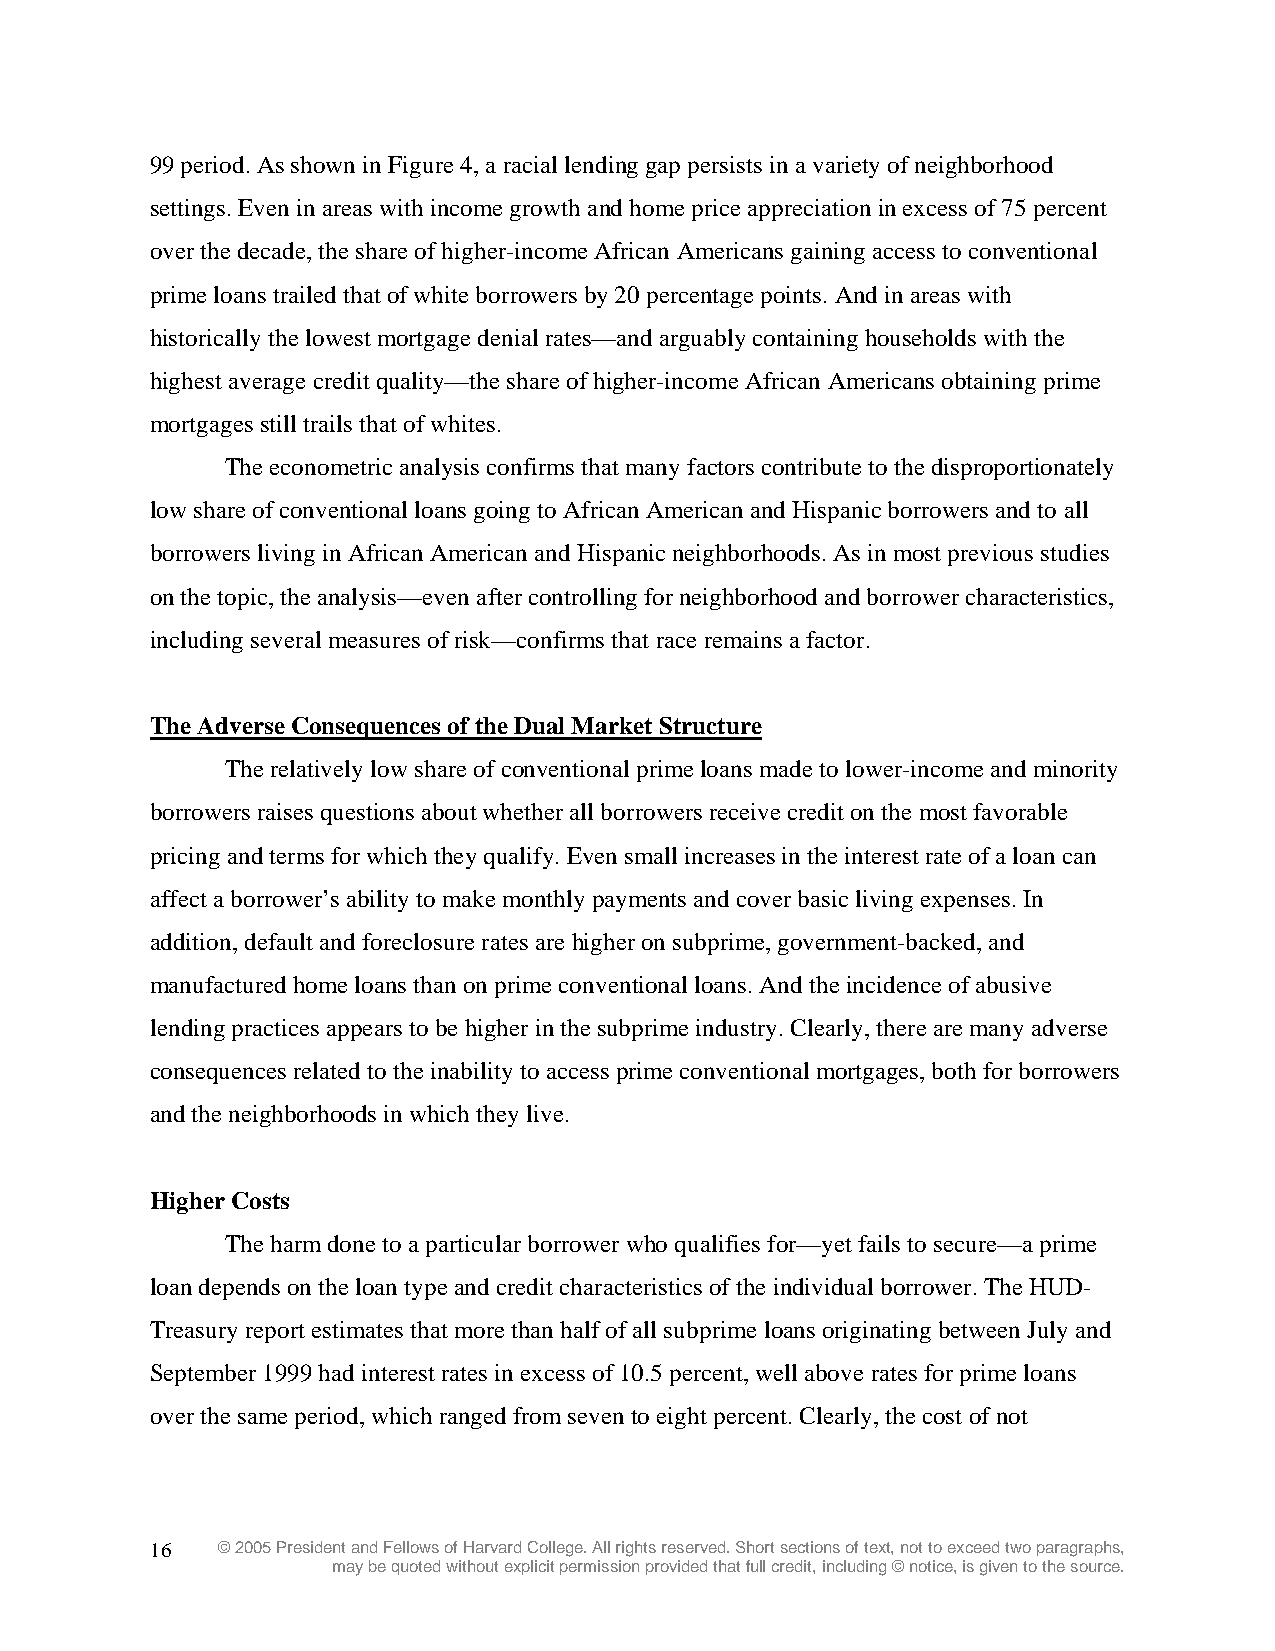
99 period. As shown in Figure 4, a racial lending gap persists in a variety of neighborhood
 settings. Even in areas with income growth and home price appreciation in excess of 75 percent
 over the decade, the share of higher-income African Americans gaining access to conventional
 prime loans trailed that of white borrowers by 20 percentage points. And in areas with
 historically the lowest mortgage denial rates—and arguably containing households with the
 highest average credit quality—the share of higher-income African Americans obtaining prime
 mortgages still trails that of whites.
 The econometric analysis confirms that many factors contribute to the disproportionately
 low share of conventional loans going to African American and Hispanic borrowers and to all
 borrowers living in African American and Hispanic neighborhoods. As in most previous studies
 on the topic, the analysis—even after controlling for neighborhood and borrower characteristics,
 including several measures of risk—confirms that race remains a factor.
 The Adverse Consequences of the Dual Market Structure
 The relatively low share of conventional prime loans made to lower-income and minority
 borrowers raises questions about whether all borrowers receive credit on the most favorable
 pricing and terms for which they qualify. Even small increases in the interest rate of a loan can
 affect a borrower’s ability to make monthly payments and cover basic living expenses. In
 addition, default and foreclosure rates are higher on subprime, government-backed, and
 manufactured home loans than on prime conventional loans. And the incidence of abusive
 lending practices appears to be higher in the subprime industry. Clearly, there are many adverse
 consequences related to the inability to access prime conventional mortgages, both for borrowers
 and the neighborhoods in which they live.
 Higher Costs
 The harm done to a particular borrower who qualifies for—yet fails to secure—a prime
 loan depends on the loan type and credit characteristics of the individual borrower. The HUD-
 Treasury report estimates that more than half of all subprime loans originating between July and
 September 1999 had interest rates in excess of 10.5 percent, well above rates for prime loans
 over the same period, which ranged from seven to eight percent. Clearly, the cost of not
 16  © 2005 President and Fellows of Harvard College. All rights reserved. Short sections of text, not to exceed two paragraphs,
 may be quoted without explicit permission provided that full credit, including © notice, is given to the source.